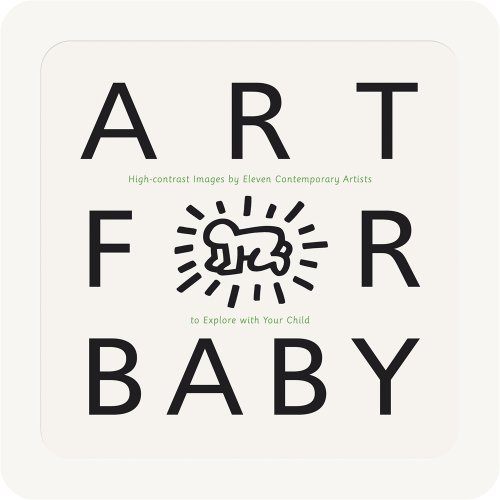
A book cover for Art for Baby; Various; Children's Books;